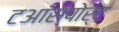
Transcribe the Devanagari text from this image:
टआंस्पोर्ट